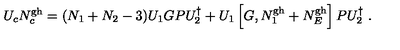
U _ { c } N _ { c } ^ { \mathrm { g h } } = ( N _ { 1 } + N _ { 2 } - 3 ) U _ { 1 } G P U _ { 2 } ^ { \dagger } + U _ { 1 } \left[ G , N _ { 1 } ^ { \mathrm { g h } } + N _ { E } ^ { \mathrm { g h } } \right] P U _ { 2 } ^ { \dagger } \ .